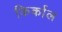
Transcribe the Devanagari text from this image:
किर्काल